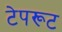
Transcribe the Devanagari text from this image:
टेपरूट